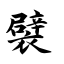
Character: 襞